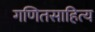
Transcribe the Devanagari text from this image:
गणितसाहित्य